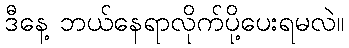
ဒီနေ့ ဘယ်နေရာလိုက်ပို့ပေးရမလဲ။